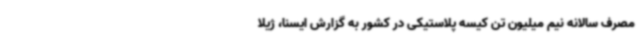
مصرف سالانه نیم میلیون تن کیسه پلاستیکی در کشور به گزارش ایسنا، ژیلا